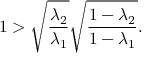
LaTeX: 1 > \sqrt { \frac { \lambda _ { 2 } } { \lambda _ { 1 } } } \sqrt { \frac { 1 - \lambda _ { 2 } } { 1 - \lambda _ { 1 } } } .